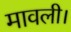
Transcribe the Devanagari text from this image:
मावली।